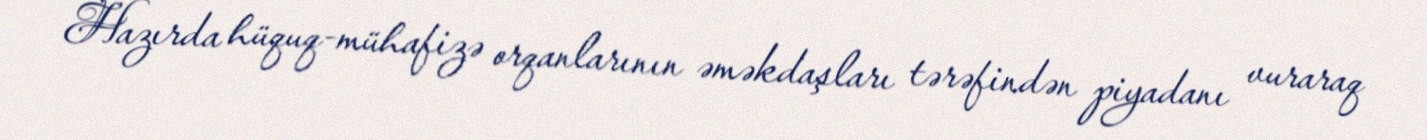
Hazırda hüquq-mühafizə orqanlarının əməkdaşları tərəfindən piyadanı vuraraq